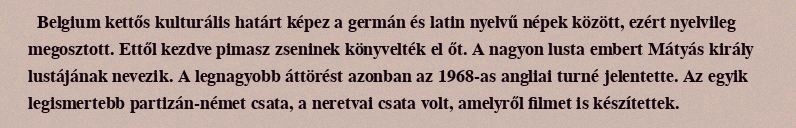
Belgium kettős kulturális határt képez a germán és latin nyelvű népek között, ezért nyelvileg megosztott. Ettől kezdve pimasz zseninek könyvelték el őt. A nagyon lusta embert Mátyás király lustájának nevezik. A legnagyobb áttörést azonban az 1968-as angliai turné jelentette. Az egyik legismertebb partizán-német csata, a neretvai csata volt, amelyről filmet is készítettek.